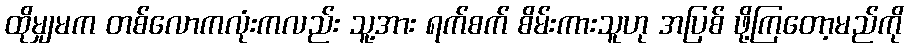
ထိုမျှမက တစ်လောကလုံးကလည်း သူ့အား ရက်စက် စိမ်းကားသူဟု အပြစ် ဖို့ကြတော့မည်ကို